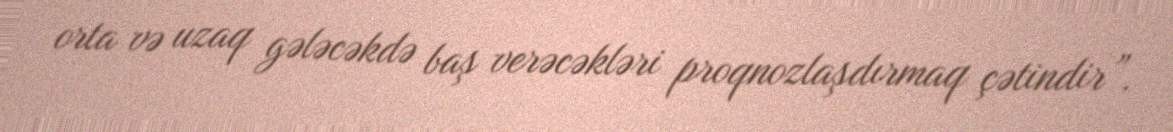
orta və uzaq gələcəkdə baş verəcəkləri proqnozlaşdırmaq çətindir”.